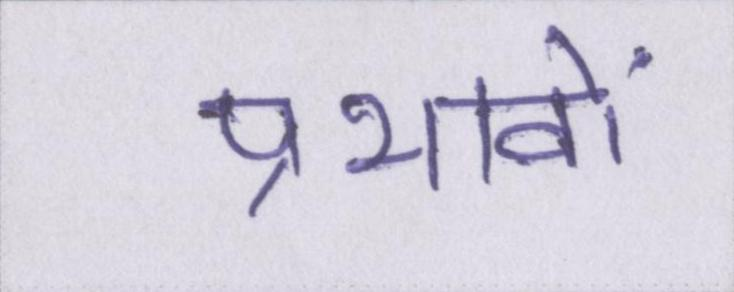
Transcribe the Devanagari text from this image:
प्रभावों